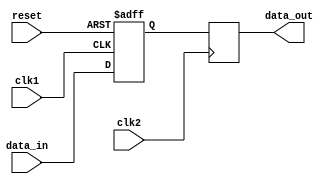
module burst_synchronizer (
    input wire clk1,
    input wire clk2,
    input wire reset,
    input wire [7:0] data_in,
    output reg [7:0] data_out
);

reg [7:0] synced_data;

always @(posedge clk1 or posedge reset) begin
    if (reset) begin
        synced_data <= 8'b0;
    end else begin
        synced_data <= data_in;
    end
end

always @(posedge clk2) begin
    data_out <= synced_data;
end

endmodule